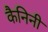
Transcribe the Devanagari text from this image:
कैनिनी